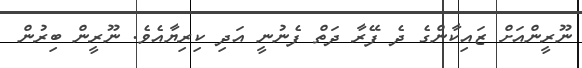
ނޫރީންއަށް ޒައިކާންގެ ދެ ފޭރާ ދަތް ފެނުނީ އަދި ކިރިޔާއެވެ. ނޫރީން ބިރުން